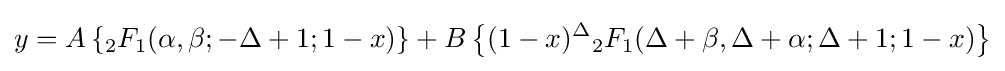
y=A\left\{{{}_{2}F_{1}}(\alpha ,\beta ;-\Delta +1;1-x)\right\}+B\left\{(1-x)^{\Delta }{{}_{2}F_{1}}(\Delta +\beta ,\Delta +\alpha ;\Delta +1;1-x)\right\}